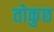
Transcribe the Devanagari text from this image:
तोकुछ